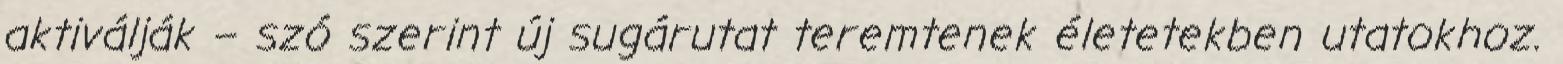
aktiválják – szó szerint új sugárutat teremtenek életetekben utatokhoz.